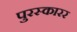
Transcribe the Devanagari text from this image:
पुरस्कारर